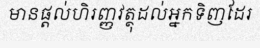
មានផ្តល់ហិរញ្ញវត្ថុដល់អ្នកទិញដែរ